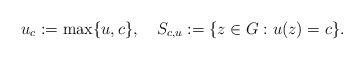
\begin{align*}u_c:=\max\{u,c\},\,\,\,\,\,\, S_{c,u}:=\{z\in G:u(z)=c\}.\end{align*}